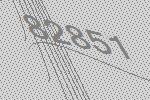
82851